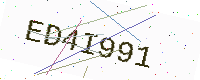
Text: ED4I991